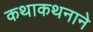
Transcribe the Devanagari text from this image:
कथाकथनाने